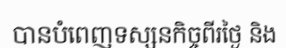
បានបំពេញទស្សនកិច្ចពីរថ្ងៃ និង